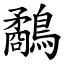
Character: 鷸